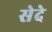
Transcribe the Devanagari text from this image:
सेदे